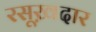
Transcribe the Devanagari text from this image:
रसूख़दार